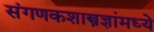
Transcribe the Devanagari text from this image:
संगणकशास्त्रज्ञांमध्ये